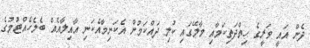
ދެން އައީ ވަރީގެ ހިތްދަތިކަމާއި މާލޭގައި ކުލި ދައްކަމުން އެކަނިމާއެކަނި އާއިލާއެއް ބެލެހެއްޓުމުގެ